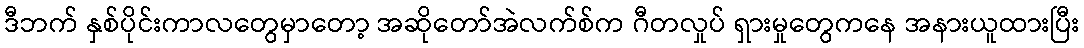
ဒီဘက် နှစ်ပိုင်းကာလတွေမှာတော့ အဆိုတော်အဲလက်စ်က ဂီတလှုပ် ရှားမှုတွေကနေ အနားယူထားပြီး